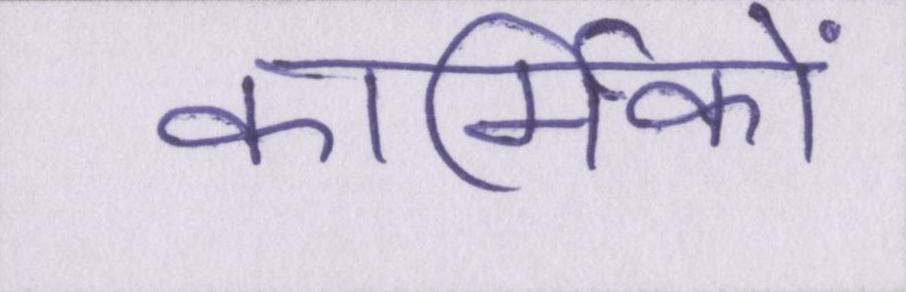
कार्मिकों